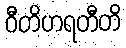
ဝီတိဟရတီတိ